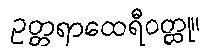
ဥတ္တရာထေရီဝတ္ထု။